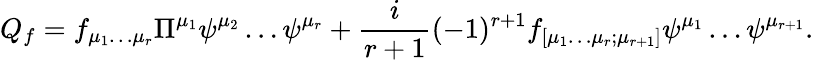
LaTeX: Q_{f}=f_{\mu_{1}\dots\mu_{r}}\Pi^{\mu_{1}}\psi^{\mu_{2}}\dots\psi^{\mu_{r}}+\frac{i}{r+1}(-1)^{r+1}f_{[\mu_{1}\dots\mu_{r};\mu_{r+1}]}\psi^{\mu_{1}}\dots\psi^{\mu_{r+1}}.